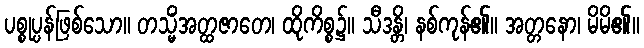
ပစ္စုပ္ပန်ဖြစ်သော။ တသ္မိံအတ္ထဇာတေ၊ ထိုကိစ္စ၌။ သီဒန္တိ၊ နစ်ကုန်၏။ အတ္တနော၊ မိမိ၏။